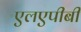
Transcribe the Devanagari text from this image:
एलएपीबी